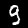
Label: 9